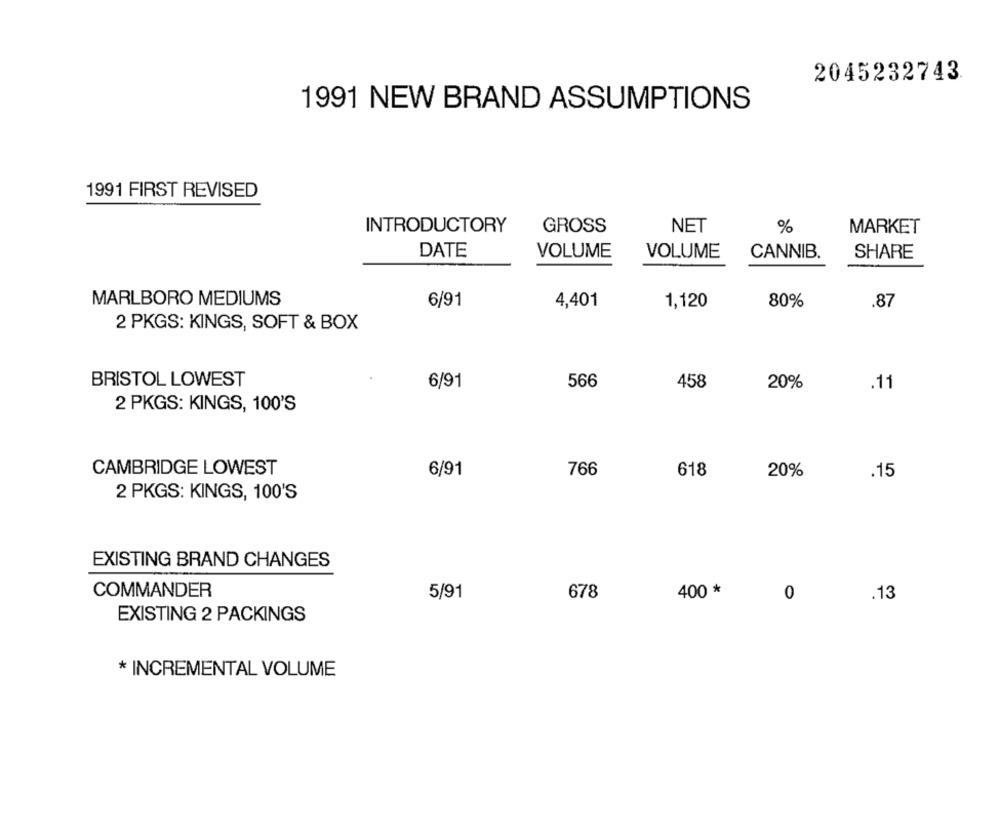
2045232743
1991 NEW BRAND ASSUMPTIONS
1991 FIRST REVISED
INTRODUCTORY
GROSS
NET
%
MARKET
DATE
VOLUME
VOLUME
CANNIB.
SHARE
MARLBORO MEDIUMS
6/91
4,401
1,120
80%
.87
2 PKGS: KINGS, SOFT & BOX
BRISTOL LOWEST
6/91
566
458
20%
.11
2 PKGS: KINGS, 100'S
CAMBRIDGE LOWEST
6/91
766
618
20%
.15
2 PKGS: KINGS, 100'S
EXISTING BRAND CHANGES
COMMANDER
5/91
678
400 *
0
.13
EXISTING 2 PACKINGS
* INCREMENTAL VOLUME